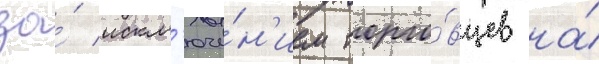
За́ искл'юче́н'ием торго́вцев на́